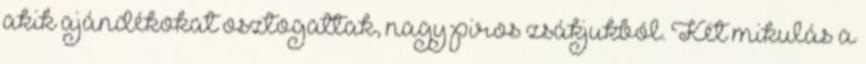
akik ajándékokat osztogattak, nagy piros zsákjukból. Két mikulás a